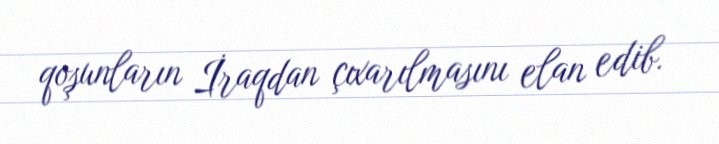
qoşunların İraqdan çıxarılmasını elan edib.